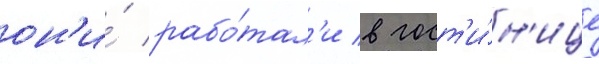
он'и́ рабо́тал'и в гост'и́н'ице